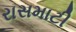
રાસમાટી